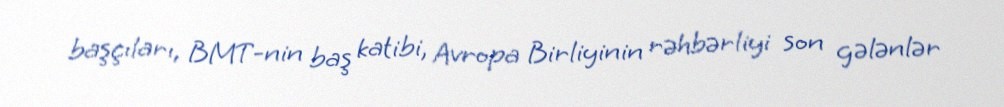
başçıları, BMT-nin baş katibi, Avropa Birliyinin rəhbərliyi son gələnlər